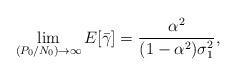
LaTeX: \begin{align*}\lim \limits_{(P_0/N_0)\rightarrow \infty} E[\bar{\gamma}]= \frac{\alpha^2}{(1-\alpha^2)\sigma_1^2},\end{align*}